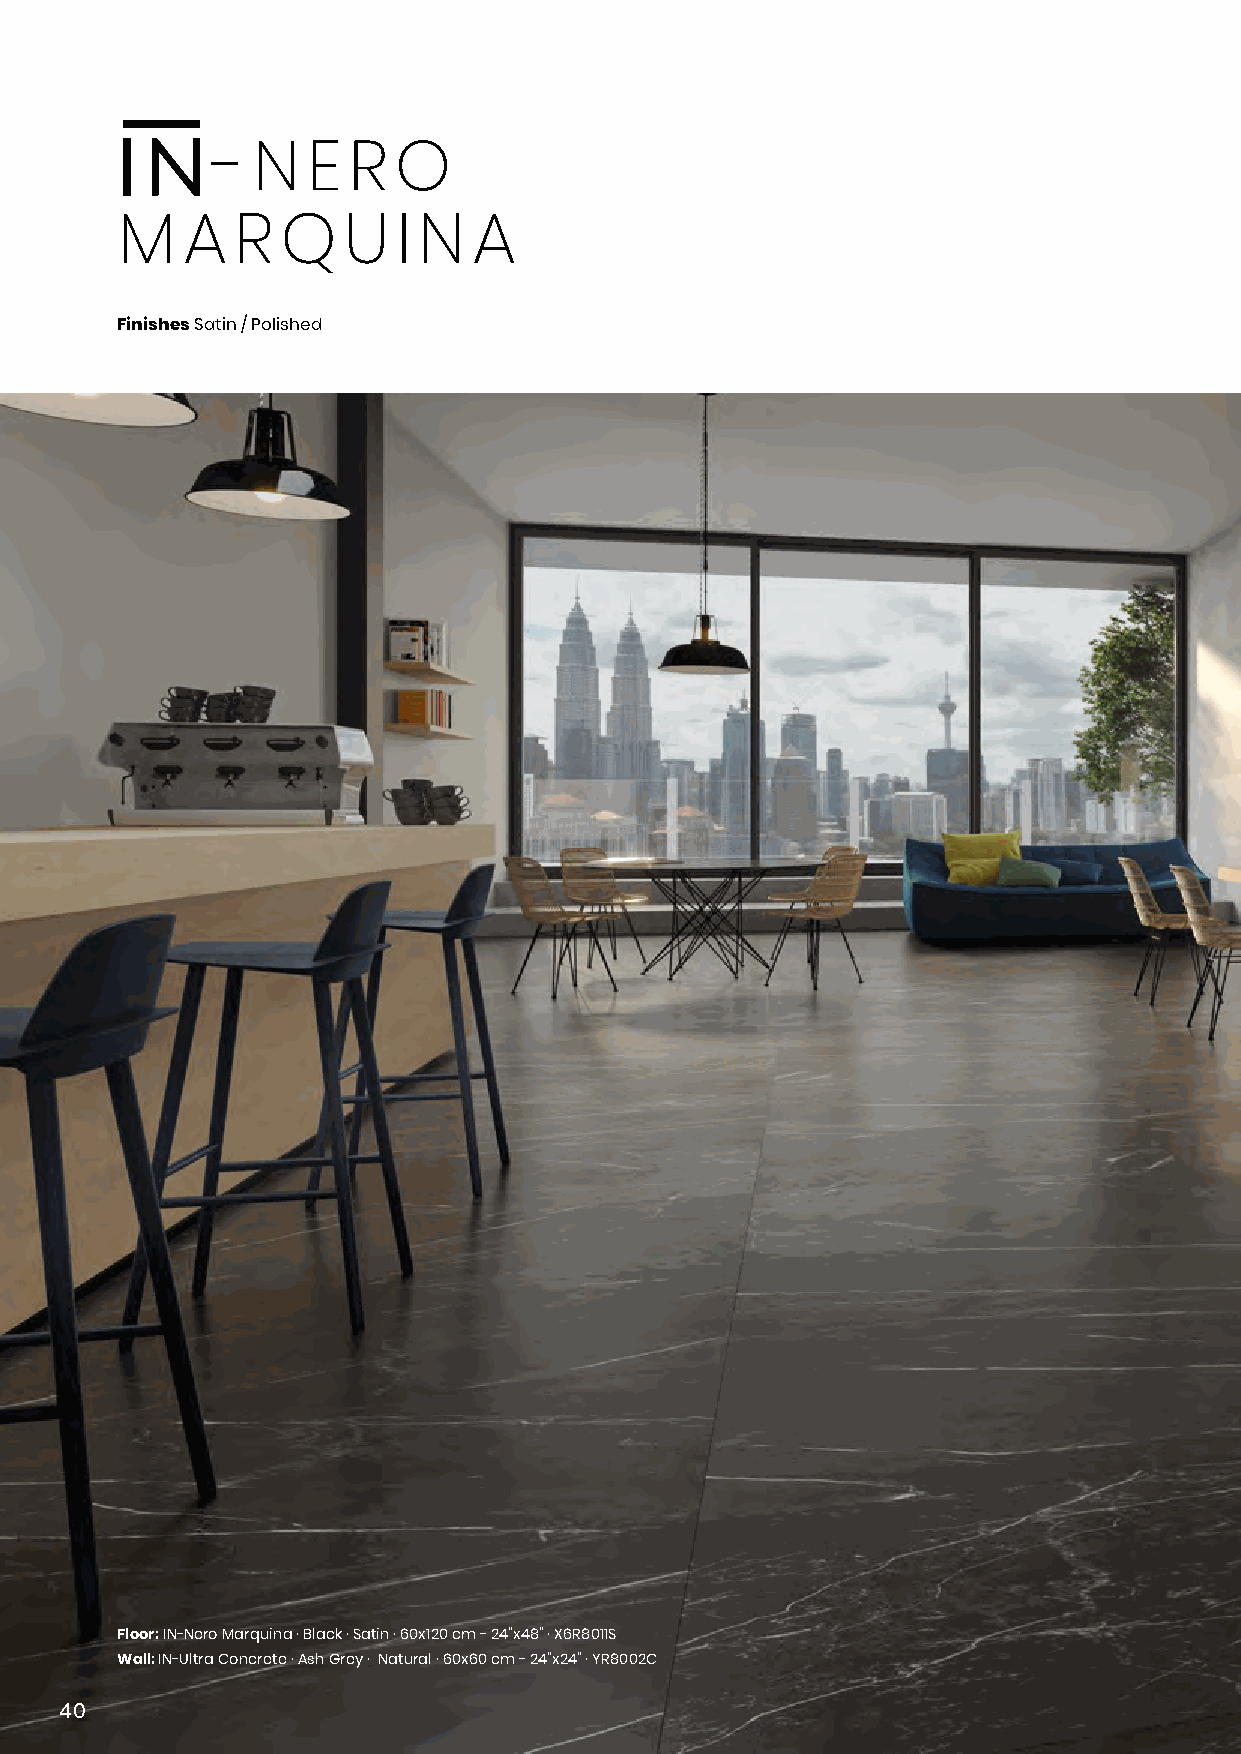
-  N  E  R  O
 M   A   R  Q   U  I N  A
 Finishes Satin / Polished
 Floor: IN-Nero Marquina · Black · Satin · 60x120 cm - 24”x48” · X6R8011S
 Wall: IN-Ultra Concrete · Ash Grey · Natural · 60x60 cm - 24”x24” · YR8002C
 4400